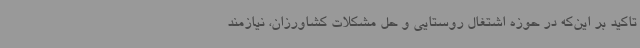
تاکید بر این‌که در حوزه اشتغال روستایی و حل مشکلات کشاورزان، نیازمند